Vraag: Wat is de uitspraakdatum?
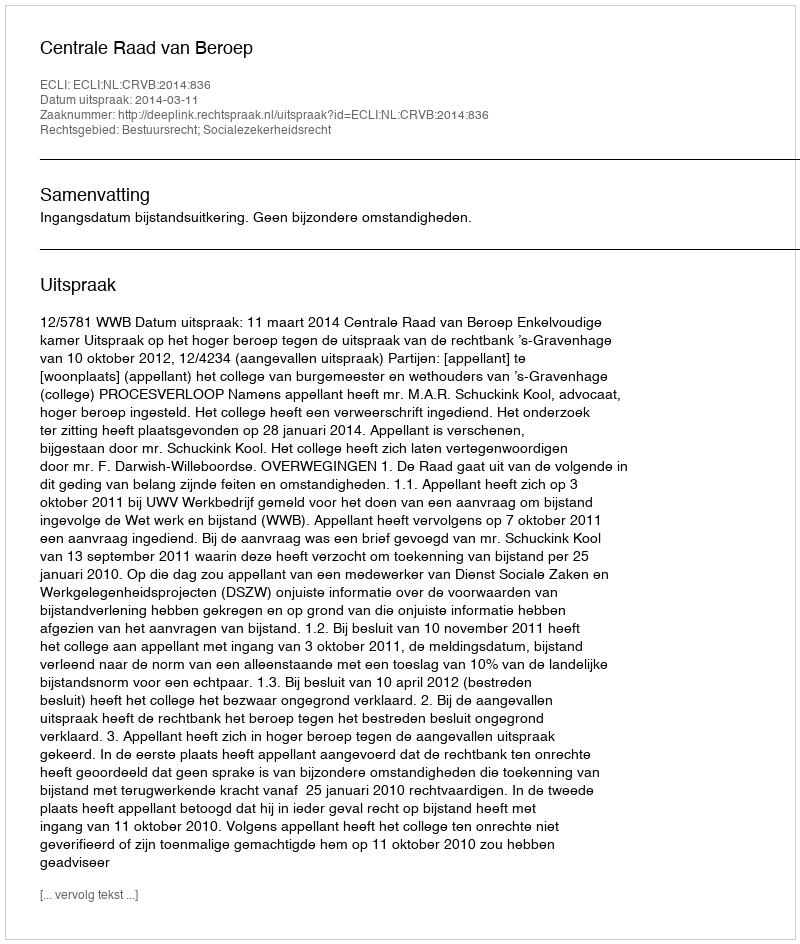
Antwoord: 2014-03-11